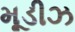
મૂડીઝ